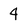
Character: 4